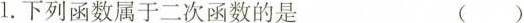
1.下列函数属于二次函数的是 ()